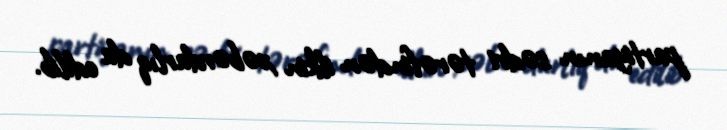
partiyanın sədri tərəfindən ilkin xəbərdarlıq da edilib.